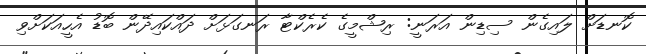
ކޮނޑަށް ލައިގެން ސިޑިން އަރަނީ: ރިޝްމީގެ ކެރެކްޓާ ރަނގަޅަށް ދައްކައިދޭން ބޮޑު އެހީއަކަށްވި